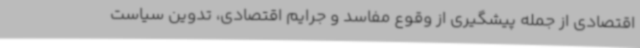
اقتصادی از جمله پیشگیری از وقوع مفاسد و جرایم اقتصادی، تدوین سیاست